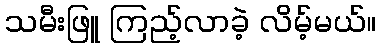
သမီးဖြူ ကြည့်လာခဲ့ လိမ့်မယ်။